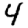
Digit: 4